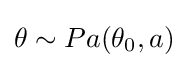
\theta \sim Pa(\theta _{0},a)